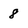
Character: 8